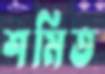
শমিত